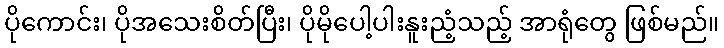
ပိုကောင်း၊ ပိုအသေးစိတ်ပြီး၊ ပိုမိုပေါ့ပါးနူးညံ့သည့် အာရုံတွေ ဖြစ်မည်။